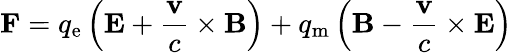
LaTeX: \mathbf{F}=q_{\mathrm{e}}\left(\mathbf{E}+{\frac{\mathbf{v}}{c}}\times\mathbf{B}\right)+q_{\mathrm{m}}\left(\mathbf{B}-{\frac{\mathbf{v}}{c}}\times\mathbf{E}\right)